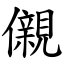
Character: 儭